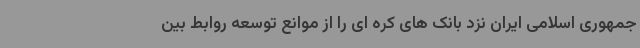
جمهوری اسلامی ایران نزد بانک های کره ای را از موانع توسعه روابط بین